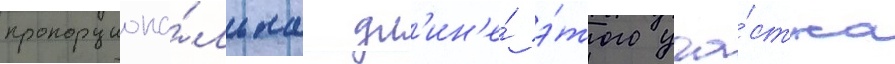
пропорциона́льна дл'ин'е́ э́того уча́стка